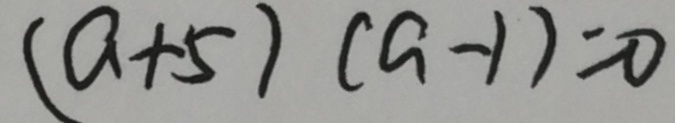
( a + 5 ) ( a - 1 ) = 0